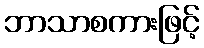
ဘာသာစကားဖြင့်